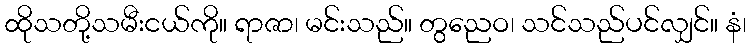
ထိုသတို့သမီးငယ်ကို။ ရာဇာ၊ မင်းသည်။ တွညေဝ၊ သင်သည်ပင်လျှင်။ နံ၊